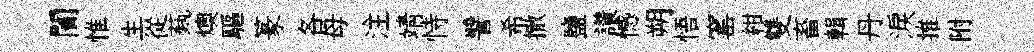
闠惟生從蓺燠驅篆各母注靖恃譬希撒鹽讃憾朔悟窰紺雙畜輯丹淚推附